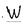
Character: W